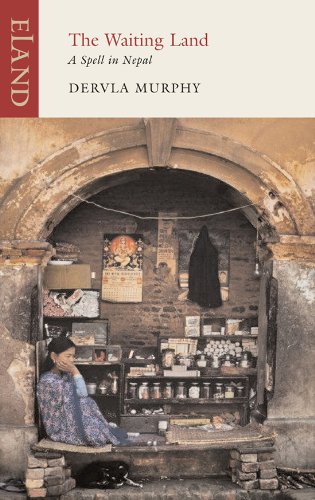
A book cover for The Waiting Land: A Spell in Nepal; Dervla Murphy; Travel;